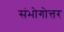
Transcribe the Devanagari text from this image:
संभोगोत्तर